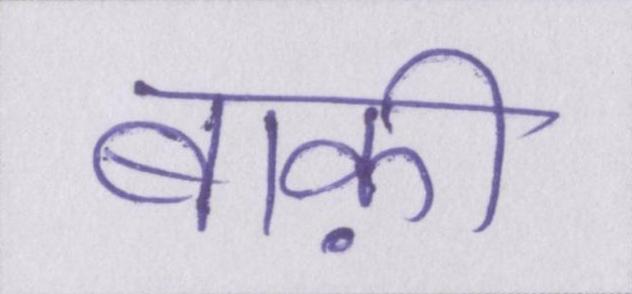
बाक़ी